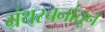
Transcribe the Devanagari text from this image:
ग्रंथरचनांतून